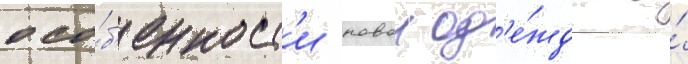
осо́б'енност'и новои од'е́жды и́